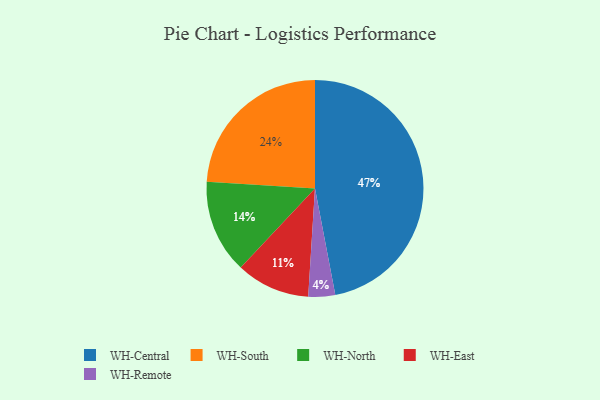
{"axis": {"x": "Category", "y": "Percentage"}, "legend": ["WH-Central", "WH-East", "WH-North", "WH-Remote", "WH-South"], "data": [{"x": "WH-East", "y": 11, "type": "WH-East"}, {"x": "WH-North", "y": 14, "type": "WH-North"}, {"x": "WH-South", "y": 24, "type": "WH-South"}, {"x": "WH-Central", "y": 47, "type": "WH-Central"}, {"x": "WH-Remote", "y": 4, "type": "WH-Remote"}]}